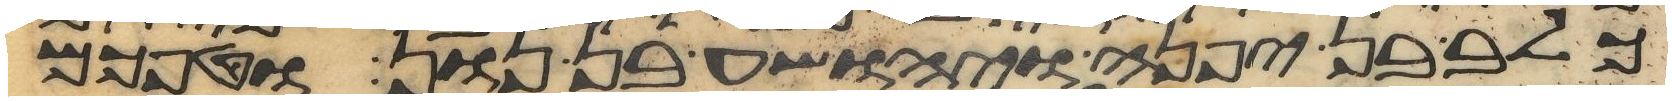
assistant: כלב בן יפנה ויהושע בן נון וטפכם